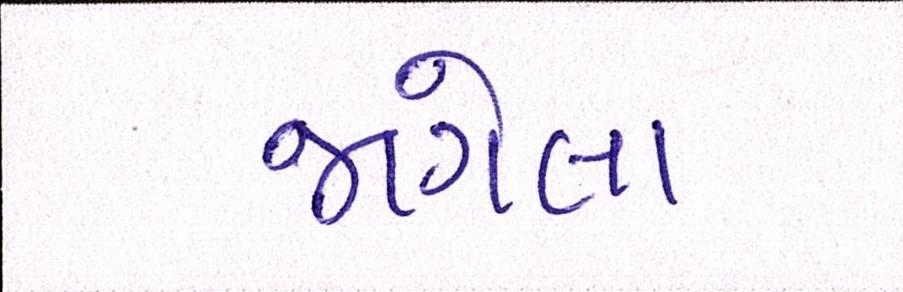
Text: જાગેલા